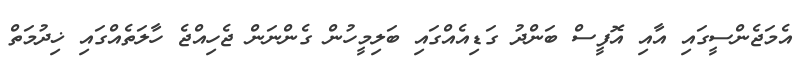
އެމަޖެންސީގައި އާއި އޮފީސް ބަންދު ގަޑިއެއްގައި ބަލިމީހުން ގެންނަން ޖެހިއްޖެ ހާލަތެއްގައި ޚިދުމަތް